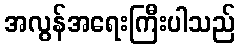
အလွန်အရေးကြီးပါသည်